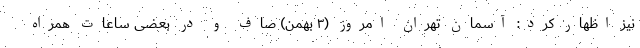
نیز اظهار کرد: آسمان تهران امروز (۳ بهمن) صاف و در بعضی ساعات همراه